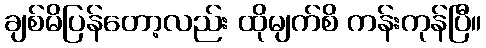
ချစ်မိပြန်တော့လည်း ထိုမျက်စိ ကန်းကုန်ပြီ။